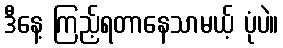
ဒီနေ့ ကြည့်ရတာနေသာမယ့် ပုံပဲ။